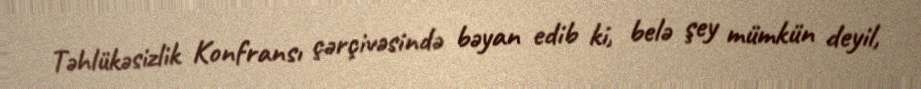
Təhlükəsizlik Konfransı çərçivəsində bəyan edib ki, belə şey mümkün deyil,